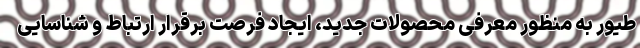
طیور به منظور معرفی محصولات جدید، ایجاد فرصت برقرار ارتباط و شناسایی